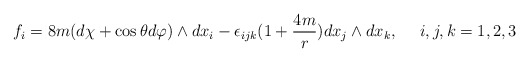
\begin{align*}f_i = 8m(d\chi + \cos\theta d\varphi)\wedge dx_i -\epsilon_{ijk}(1+\frac{4m}{r}) dx_j \wedge dx_k,~~~~ i,j,k=1,2,3\end{align*}